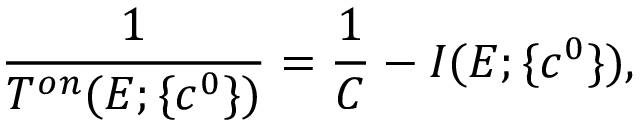
\displaystyle \frac 1 { T ^ { o n } ( E ; \{ c ^ { 0 } \} ) } = \displaystyle \frac 1 C - I ( E ; \{ c ^ { 0 } \} ) ,